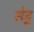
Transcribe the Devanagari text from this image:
सेडू